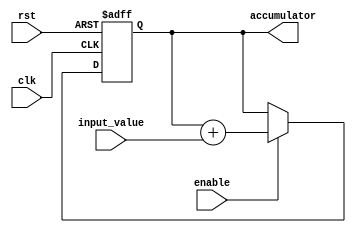
module accumulator (
    input wire clk,
    input wire rst,
    input wire enable,
    input wire [7:0] input_value,
    output reg [15:0] accumulator
);

reg [15:0] accumulator_temp;

always @(posedge clk or posedge rst) begin
    if (rst) begin
        accumulator_temp <= 16'b0;
    end else begin
        if (enable) begin
            accumulator_temp <= accumulator_temp + input_value;
        end
    end
end

assign accumulator = accumulator_temp;

endmodule